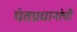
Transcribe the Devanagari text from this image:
पंतप्रधानांची